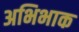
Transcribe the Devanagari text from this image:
अभिभाक